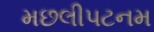
મછલીપટનમ